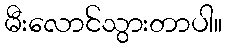
မီးလောင်သွားတာပါ။